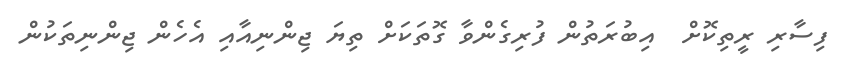
ފިސާރި ރީތިކޮށް  އިބުރަތުން ފުރިގެންވާ ގޮތަކަށް ތިޔަ ޖިންނިއާއި އެހެން ޖިންނިތަކުން